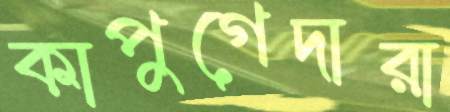
কাপুগেদারা